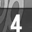
Digit: 4